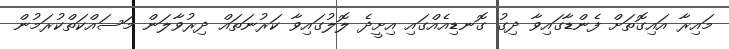
މައިރާ އައިގޮތަށް ފެންޑާގައިވާ ދިގު ގޮނޑިއެއްގައި އިށީދެ ލޮލުގައިވާ ކަރުނަތައް ދިރުވާލަން މަސައްކަތްކުރަމުން